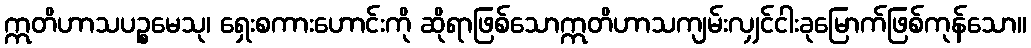
ဣတိဟာသပဉ္စမေသု၊ ရှေးစကားဟောင်းကို ဆိုရာဖြစ်သောဣတိဟာသကျမ်းလျှင်ငါးခုမြောက်ဖြစ်ကုန်သော။